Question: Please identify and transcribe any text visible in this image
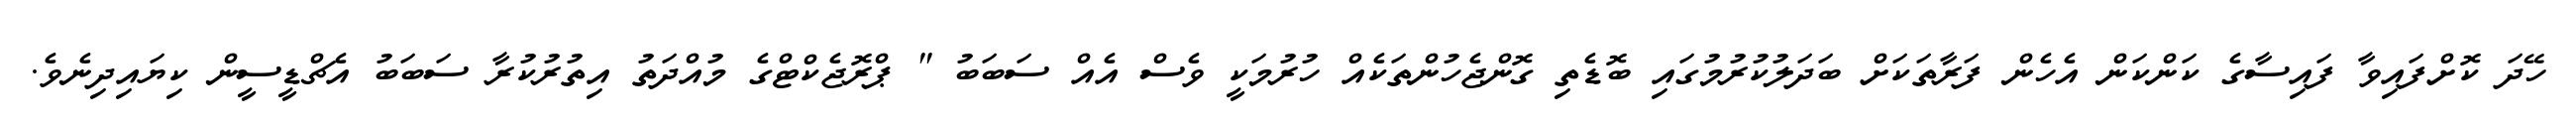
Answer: ހޭދަ ކޮށްފައިވާ ފައިސާގެ ކަންކަން އެހެން ފަރާތަކަށް ބަދަލުކުރުމުގައި ބޮޑެތި ގޮންޖެހުންތަކެއް ހުރުމަކީ ވެސް އެއް ސަބަބު " ޕްރޮޖެކްޓްގެ މުއްދަތު އިތުރުކުރާ ސަބަބު އެޗްޑީސީން ކިޔައިދިނެވެ.